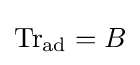
{\text{Tr}}_{\text{ad}}=B